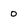
Character: 0